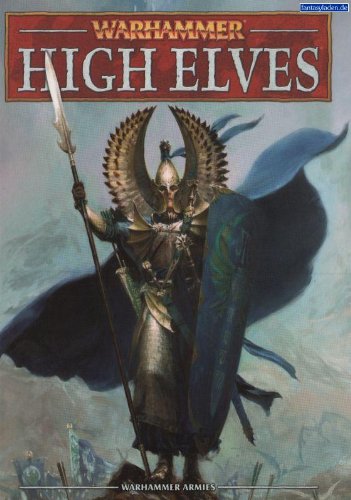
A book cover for Warhammer: High Elves; Matthew Ward; Science Fiction & Fantasy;